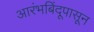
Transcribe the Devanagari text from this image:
आरंभबिंदूपासून